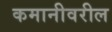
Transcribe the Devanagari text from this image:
कमानीवरील